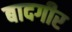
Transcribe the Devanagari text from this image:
बादगीर